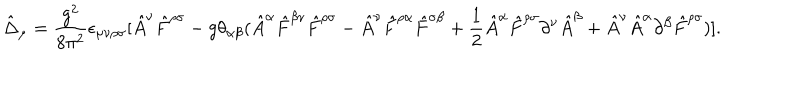
\hat { \Delta } _ { \mu } = { \frac { g ^ { 2 } } { 8 \pi ^ { 2 } } } \epsilon _ { \mu \nu \rho \sigma } [ \hat { A } ^ { \nu } \hat { F } ^ { \rho \sigma } - g \theta _ { \alpha \beta } ( \hat { A } ^ { \alpha } \hat { F } ^ { \beta \nu } \hat { F } ^ { \rho \sigma } - \hat { A } ^ { \nu } \hat { F } ^ { \rho \alpha } \hat { F } ^ { \sigma \beta } + { \frac { 1 } { 2 } } \hat { A } ^ { \alpha } \hat { F } ^ { \rho \sigma } \partial ^ { \nu } \hat { A } ^ { \beta } + \hat { A } ^ { \nu } \hat { A } ^ { \alpha } \partial ^ { \beta } \hat { F } ^ { \rho \sigma } ) ] .